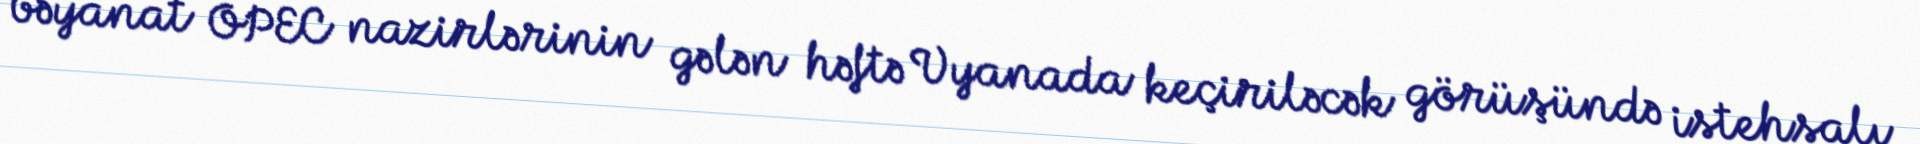
bəyanat OPEC nazirlərinin gələn həftə Vyanada keçiriləcək görüşündə istehsalı